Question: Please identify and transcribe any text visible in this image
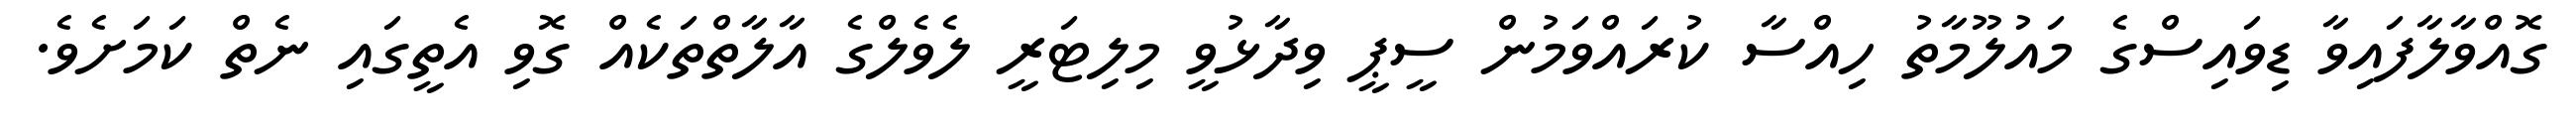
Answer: ގޮއްވާލާފައިވާ ޑިވައިސްގެ މައުލޫމާތު ހިއްސާ ކުރައްވަމުން ސީޕީ ވިދާޅުވީ މިލިޓަރީ ލެވެލްގެ އާލާތްތަކެއް ގޮވި އެތީގައި ނެތް ކަމަށެވެ.